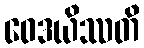
ဝေဒယိဿတိ